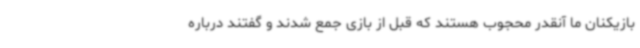
بازیکنان ما آنقدر محجوب هستند که قبل از بازی جمع شدند و گفتند درباره